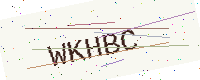
Text: WKHBC